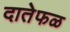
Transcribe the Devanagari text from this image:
दातेफळ